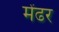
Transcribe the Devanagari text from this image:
मेंढर